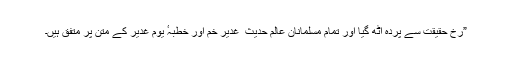
”رخِ حقیقت سے پردہ اٹھ گیا اور تمام مسلمانانِ عالم حدیث ِ غدیرِ خم اور خطبہٴ یومِ غدیر کے متن پر متفق ہیں۔